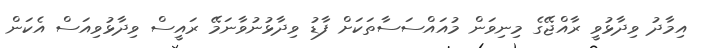
އިމާދު ވިދާޅުވީ ރާއްޖޭގެ މިނިވަން މުއައްސަސާތަކަށް ފާާޑު ވިދާޅުނުވާނަމޭ ރައީސް ވިދާޅުވިއަސް އެކަން